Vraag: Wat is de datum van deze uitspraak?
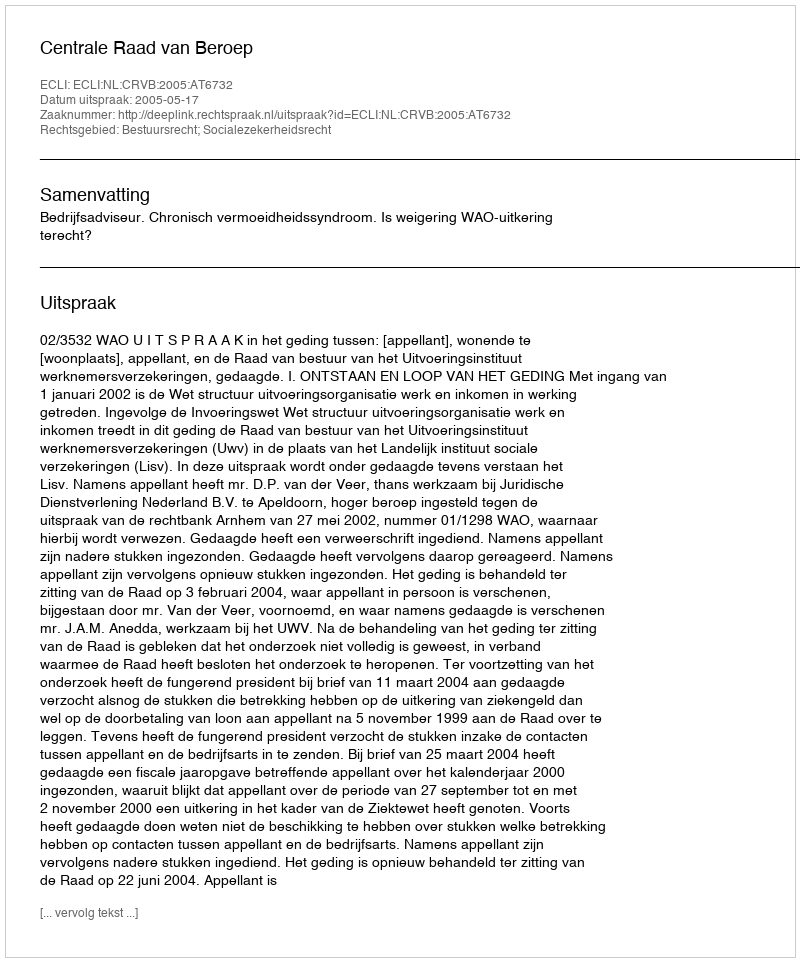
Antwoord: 2005-05-17